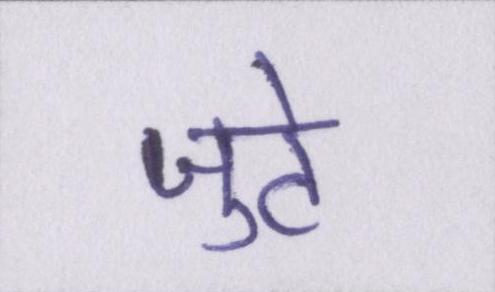
जुटे